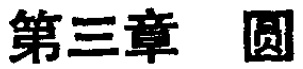
第三章 圆